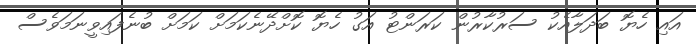
އައި ހެޔޮ ބަދަލާއެކު ސަރުކާރުން ކަރަންޓު އަގު ހެޔޮ ކޮށްދޭނެކަމަށް ކަމަށް ބުނެފައިވީނަމަވެސް